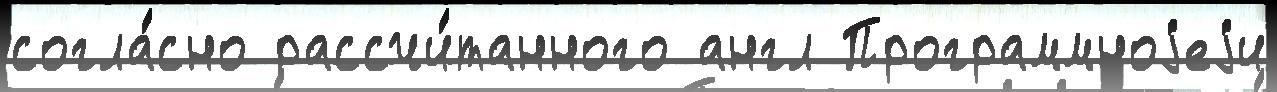
согла́сно рассчи́танного англ Программноjеjи